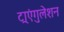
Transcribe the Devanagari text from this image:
ट्राएंगुलेशन